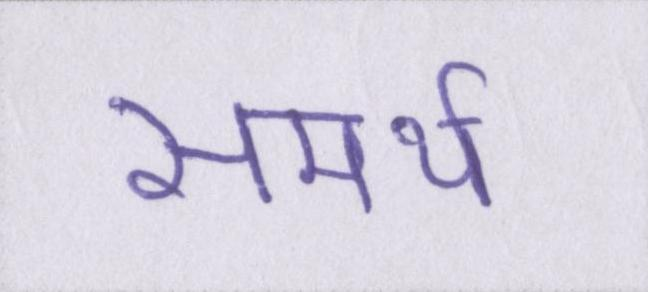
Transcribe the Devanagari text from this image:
समर्थ